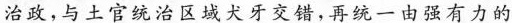
治政，与土官统治区域犬牙交错，再统一由强有力的